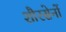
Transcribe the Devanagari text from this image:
शौरसेनों